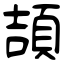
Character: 頡